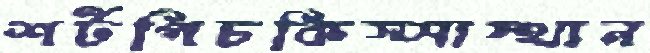
শর্টপিচকিস্সাস্থান